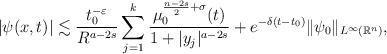
LaTeX: \begin{align*}|\psi(x, t)|\lesssim \frac{t_0^{-\varepsilon}}{R^{a-2s}}\sum_{j=1}^k\frac{\mu_0^{\frac{n-2s}{2}+\sigma}(t)}{1+|y_j|^{a-2s}} + e^{-\delta(t-t_0)}\|\psi_0\|_{L^{\infty}(\mathbb{R}^n)},\end{align*}